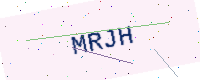
Text: MRJH